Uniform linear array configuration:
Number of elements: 32
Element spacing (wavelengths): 1
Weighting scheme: cosine
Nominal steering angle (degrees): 30
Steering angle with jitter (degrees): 31.01
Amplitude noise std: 0.05
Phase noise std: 0.05

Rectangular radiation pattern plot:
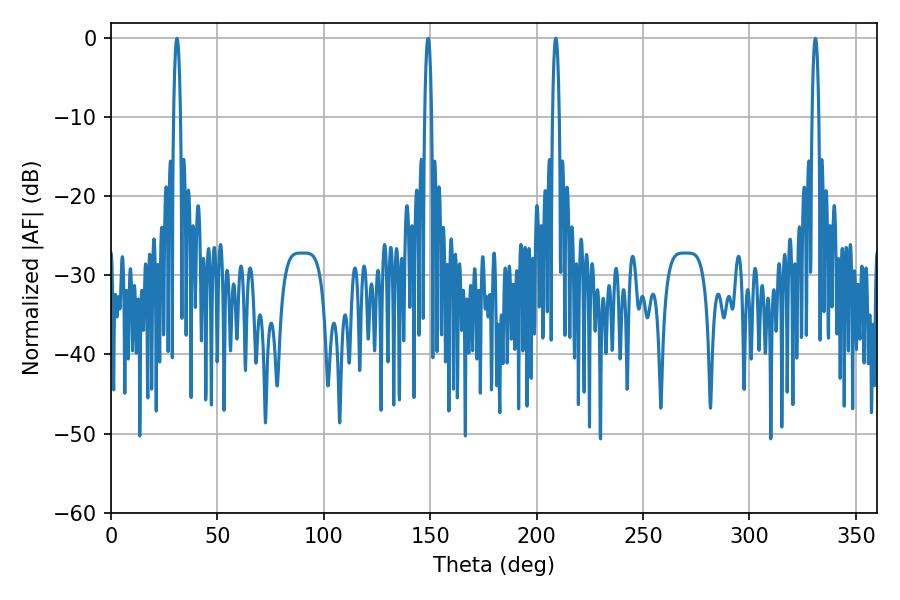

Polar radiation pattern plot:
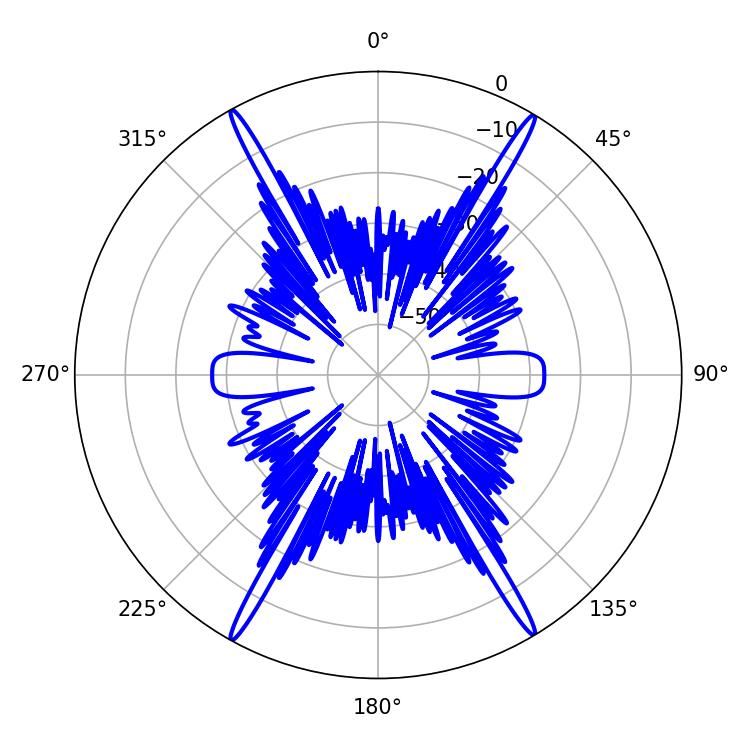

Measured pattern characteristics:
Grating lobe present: TRUE
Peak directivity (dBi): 28.273
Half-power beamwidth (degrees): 1.8
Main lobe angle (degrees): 208.98